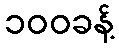
၁၀၀ခန့်